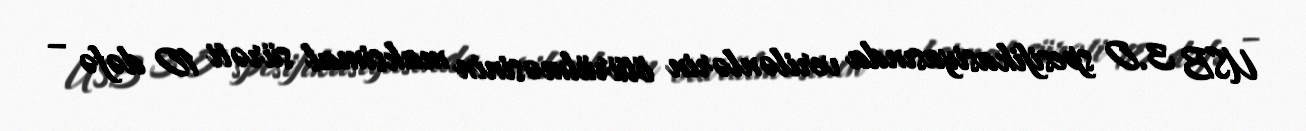
USB 3.0 spesifikasiyasında verilənlərin ötürülməsinin maksimal sürəti 10 dəfə –